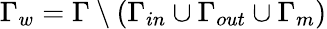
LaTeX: \Gamma_{w}=\Gamma\setminus(\Gamma_{in}\cup\Gamma_{out}\cup\Gamma_{m})